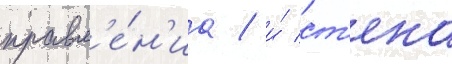
правл'е́н'иа / и́ ст'ена